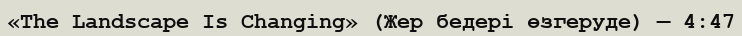
«The Landscape Is Changing» (Жер бедері өзгеруде) — 4:47